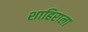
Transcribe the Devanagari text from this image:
शाहिराला